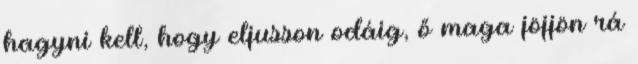
hagyni kell, hogy eljusson odáig, ő maga jöjjön rá